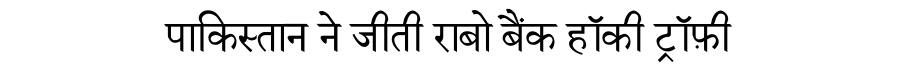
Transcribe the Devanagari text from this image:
पाकिस्तान ने जीती राबो बैंक हॉकी ट्रॉफ़ी